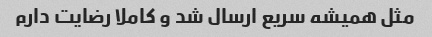
مثل همیشه سریع ارسال شد و کاملا رضایت دارم